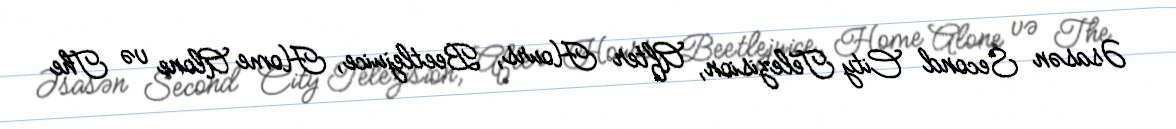
Əsasən Second City Telezision, After Hours, Beetlejuice, Home Alone və The